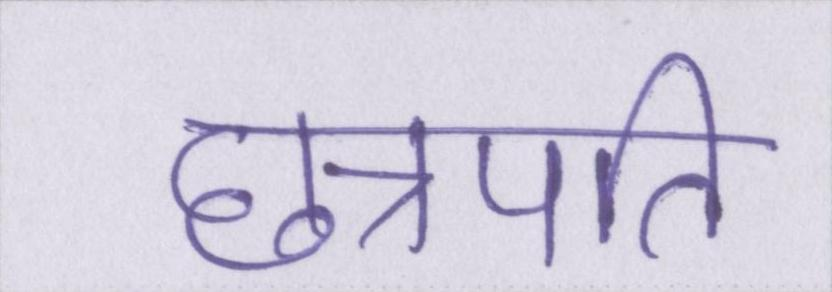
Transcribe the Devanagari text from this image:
छत्रपति